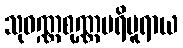
သုဝဏ္ဏစုဏ္ဏပရိပူရာယ